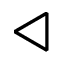
\triangleleft